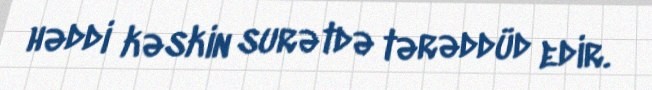
həddi kəskin surətdə tərəddüd edir.